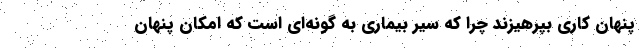
پنهان کاری بپرهیزند چرا که سیر بیماری به گونه‌ای است که امکان پنهان